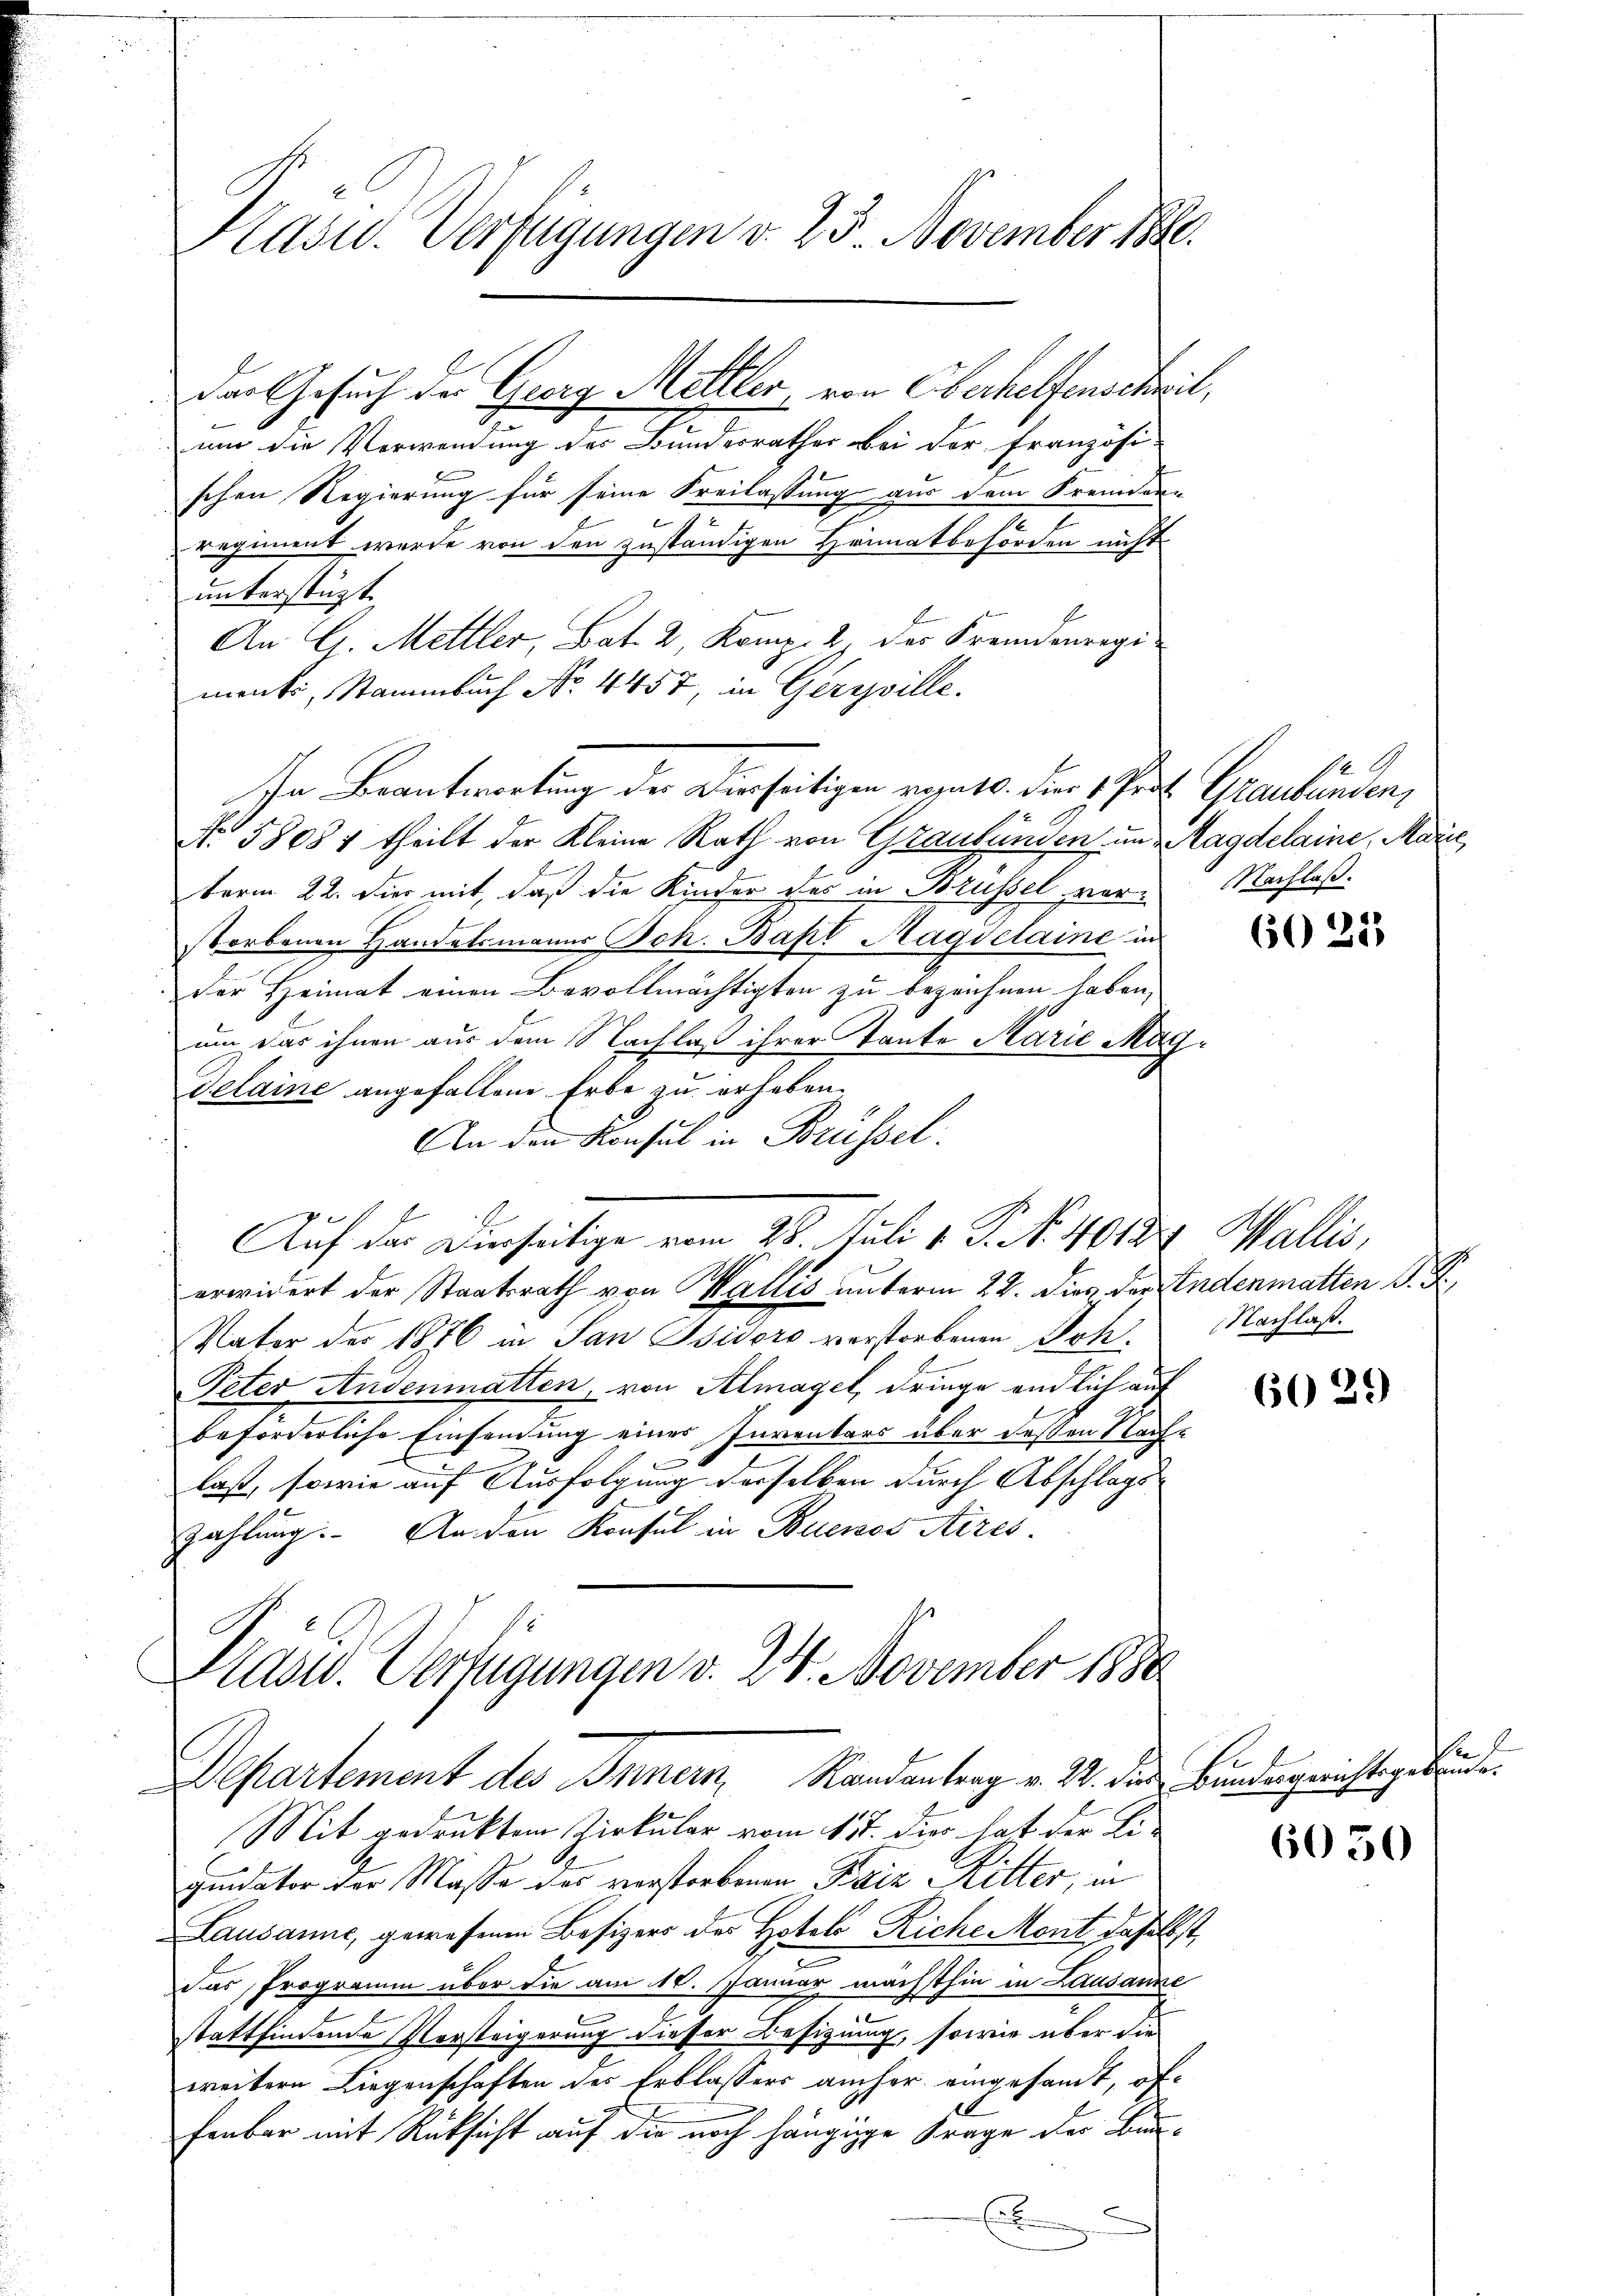
Präsid. Verfügungen v. 25. November 188

um die Verwendung des Bundesrathes bei der französi-
schen Regierung für seine Freilassung aus dem Fremden-
regiment wurde von den zuständigen Heimatbehörden nicht
unterstüzt.
An G. Mettler, Bat. 2, Komp. 2 des Fremdenregi
ments, Stammbuch No. 4457, in Geriville.
In Beantwortung der Dierseitigen vegets. der 1 Prat Graubünden,
No 58084 theilt der Kleine Rath von Graubünden, um Magdelaine, Marie
term 22. Die mit, daß die Kinder der in Brüssel verstorbenen Handelsmanns Joh. Bapt Magsclaine in
Der Heimat einen Bevollmächtigten zu bezeichnen haben,
um das ihnen aus dem Nachlaß ihrer Tante Marie Magelaine angefallene Erbe zu erheben.
An den Konsul in Brüssel
Auf der Dienseitige vom 28. Juli v. P. Nr. 4013 Wallis,
erwidert der Staatsrath von Wallis unterm 22. Dies der Andenmatten d. R.,
Vater des 1876 in San Isidoro verstorbenen Joh.
Peter Andenmatten, von Almaget, dringe endlich auf
beforderliche Einsendung einer Inventars über dessen Nach-
laß, sowie auf Ausfolgung derselben durch Abschlags-
zahlung. An den Konsul in Buenos Aires.
Kadw. Verfügungen v. 24. November 1880

Departement des Innern Randantrag v. 22. dies Bundesgerichtsgebäude.

der Gesuch der Georg Mettler von Oberhelfenscheit,

2 A
Nachlaß.

Mit gedrucktem Zirkular vom 17. dier hat der Li-
quidator der Masse des verstorbenen Faiz Ritter, in
Lausanne, gewesenen Besizers des Hotels-Riche Mont daselbst,
das Programm über die am 10. Januar mächthin in Lausanne
stattfindende Versteigerung dieser Besizung, sowie über die
weitern Liegenschaften des Erblassers aucher eingesamt, offenbar mit Rücksicht auf die noch hängige Frage der Bau¬
E

60 21

Nachlaß.

6029

de

6050